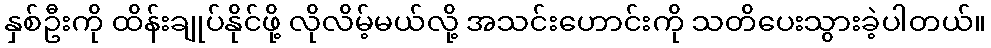
နှစ်ဦးကို ထိန်းချုပ်နိုင်ဖို့ လိုလိမ့်မယ်လို့ အသင်းဟောင်းကို သတိပေးသွားခဲ့ပါတယ်။